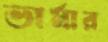
ভার্মার